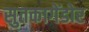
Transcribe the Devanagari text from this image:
सुतकागेंडोर